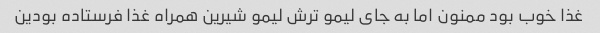
غذا خوب بود ممنون اما به جای لیمو ترش لیمو شیرین همراه غذا فرستاده بودین